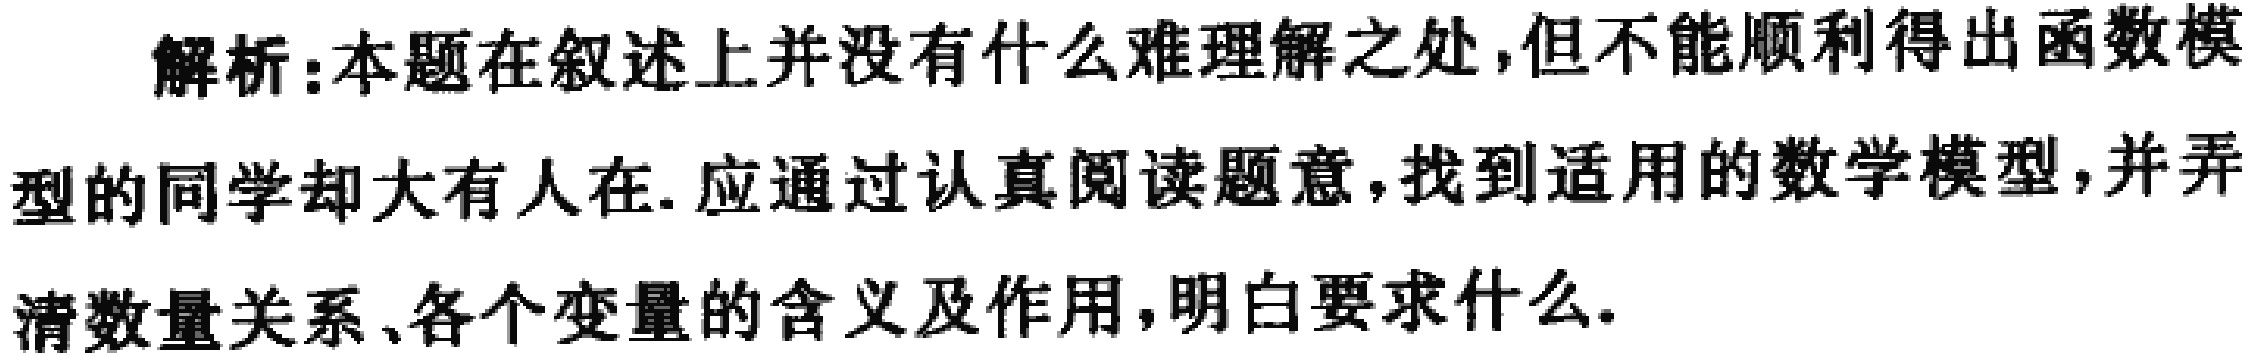
解析：本题在叙述上并没有什么难理解之处,但不能顺利得出函数模

型的同学却大有人在. 应通过认真阅读题意,找到适用的数学模型,并弄

清数量关系、各个变量的含义及作用,明白要求什么.